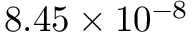
8 . 4 5 \times 1 0 ^ { - 8 }